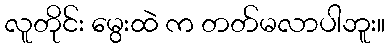
လူတိုင်း မွေးထဲ က တတ်မလာပါဘူး။